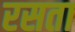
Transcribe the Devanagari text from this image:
रसता